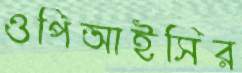
ওপিআইসির